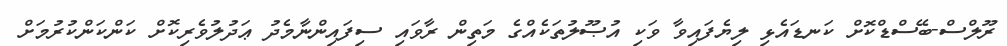
ރޫލްސް-ބޭސްޑްކޮށް ކަނޑައެޅި ލިޔެފައިވާ ވަކި އުޞޫލުތަކެއްގެ މަތިން ރާވައި ސިފައިންނާމެދު ޢަދުލުވެރިކޮށް ކަންކަންކުރުމަށް